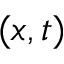
( x , t )